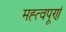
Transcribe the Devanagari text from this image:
मह्त्वपूण॑